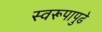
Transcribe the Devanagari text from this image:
स्वरूपापुढे